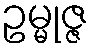
ဥမ္မုဇ္ဇ